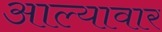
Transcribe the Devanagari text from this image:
आल्यावार